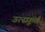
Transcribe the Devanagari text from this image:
उत्स्फ़ूर्त